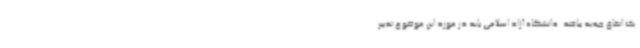
یک اتفاق جدید بیافتد. دانشگاه آزاد اسلامی باید در مورد این موضوع تدبیر